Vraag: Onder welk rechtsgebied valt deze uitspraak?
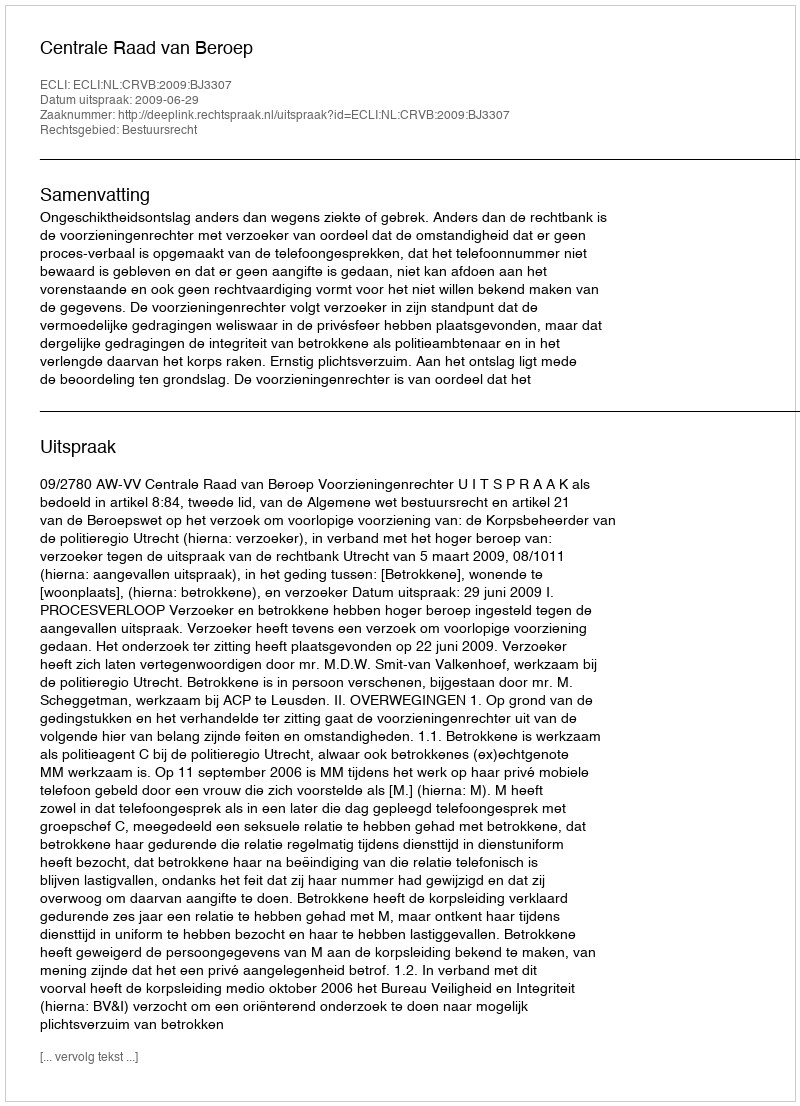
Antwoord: Bestuursrecht